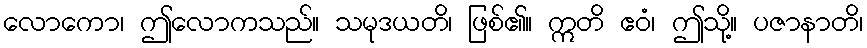
လောကော၊ ဤလောကသည်။ သမုဒယတိ၊ ဖြစ်၏။ ဣတိ ဧဝံ၊ ဤသို့။ ပဇာနာတိ၊